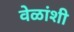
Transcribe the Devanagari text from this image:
वेळांशी